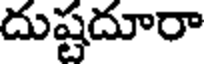
దుష్టదూరా